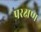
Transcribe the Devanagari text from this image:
परक्षण